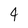
Character: 4